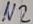
Text: N2